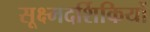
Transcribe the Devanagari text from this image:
सूक्ष्मदर्शिकियों